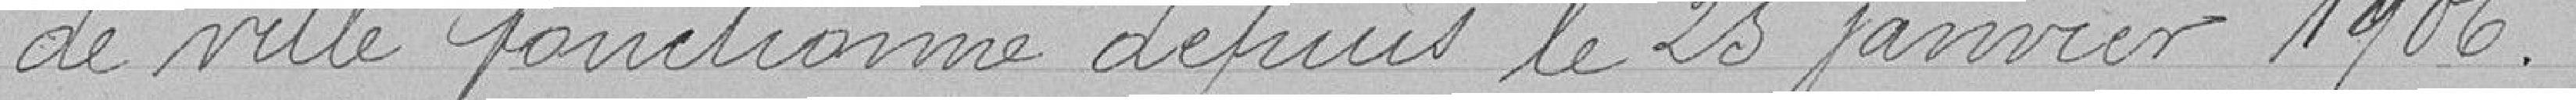
de ville fonctionne depuis le 25 janvier 1906.